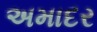
અમાદર